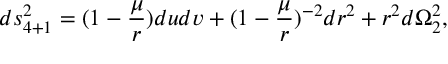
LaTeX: d s _ { 4 + 1 } ^ { 2 } = ( 1 - { \frac { \mu } { r } } ) d u d v + ( 1 - { \frac { \mu } { r } } ) ^ { - 2 } d r ^ { 2 } + r ^ { 2 } d \Omega _ { 2 } ^ { 2 } ,